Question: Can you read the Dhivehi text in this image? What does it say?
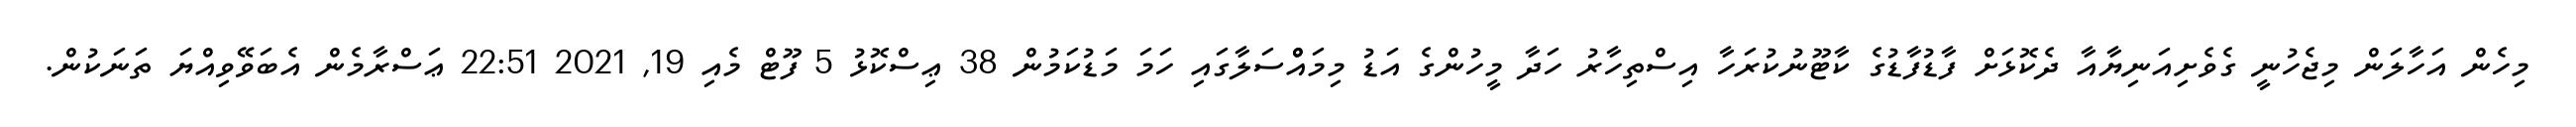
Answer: މިހެން އަހާލަން މިޖެހުނީ ގެވެށިއަނިޔާއާ ދެކޮޅަށް ފާޑުފާޑުގެ ކާޓޫނުކުރަހާ އިސްތިހާރު ހަދާ މީހުންގެ އަޑު މިމައްްސަލާގައި ހަމަ މަޑުކަމުން 38 ޢިސްކޮޅު 5 ފޫޓް މެއި 19, 2021 22:51 ޢަސްރާމެން އެބަވޭވިއްޔަ ތަނަކުން.